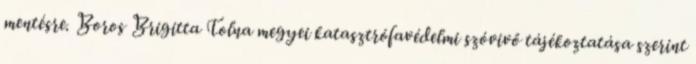
mentésre. Boros Brigitta Tolna megyei katasztrófavédelmi szóvivő tájékoztatása szerint